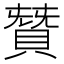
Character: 𮚋